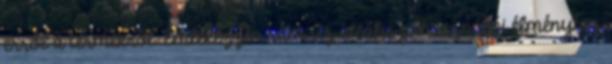
erről a termékről. Emlékezzen rám Az ideális felhasználói élményhez